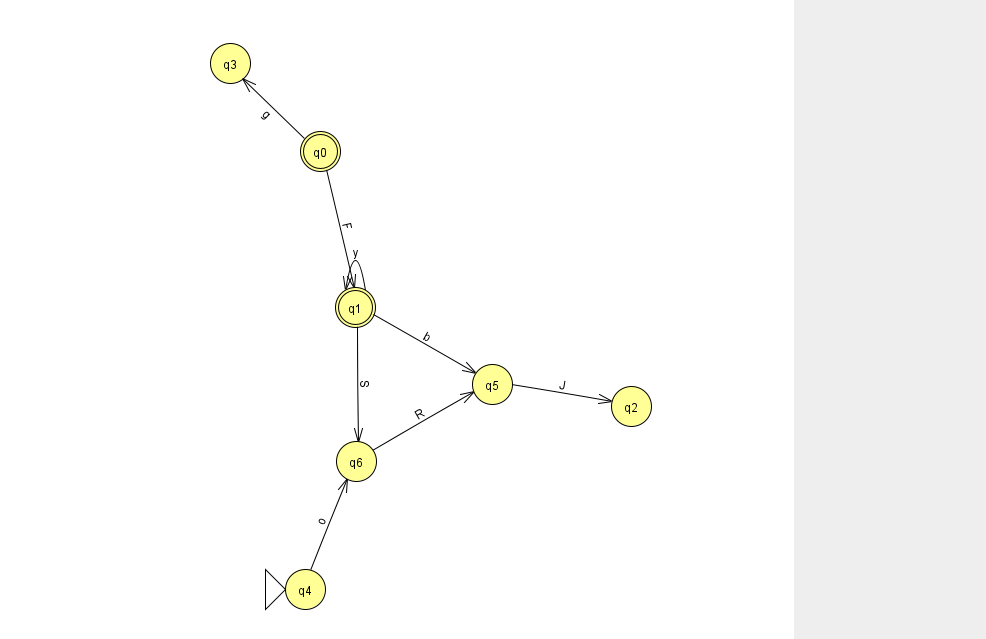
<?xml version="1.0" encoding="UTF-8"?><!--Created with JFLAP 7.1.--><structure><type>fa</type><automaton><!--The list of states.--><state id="0" name="q0"><x>320.0</x><y>138.0</y><final/></state><state id="1" name="q1"><x>355.0</x><y>294.0</y><final/></state><state id="2" name="q2"><x>631.0</x><y>393.0</y></state><state id="3" name="q3"><x>230.0</x><y>50.0</y></state><state id="4" name="q4"><x>305.0</x><y>576.0</y><initial/></state><state id="5" name="q5"><x>492.0</x><y>371.0</y></state><state id="6" name="q6"><x>356.0</x><y>448.0</y></state><!--The list of transitions.--><transition><from>1</from><to>6</to><read>S</read></transition><transition><from>4</from><to>6</to><read>o</read></transition><transition><from>6</from><to>5</to><read>R</read></transition><transition><from>1</from><to>5</to><read>b</read></transition><transition><from>1</from><to>1</to><read>y</read></transition><transition><from>0</from><to>1</to><read>F</read></transition><transition><from>5</from><to>2</to><read>J</read></transition><transition><from>0</from><to>3</to><read>g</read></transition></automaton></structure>